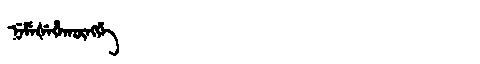
Manchu: ᠨᡝᠮᡝᡧᡝᡥᠠᡴᡡᠩᡤᡝ
Romanization: NEMEŠEHAKŪNGGE